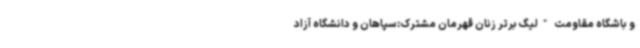
و باشگاه مقاومت *لیگ برتر زنان قهرمان مشترک:سپاهان و دانشگاه آزاد